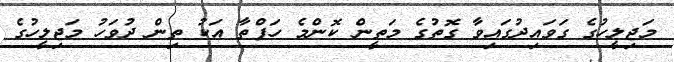
މަޖިލީހުގެ ގަވައިދުގައިވާ ގޮތުގެ މަތީން ކޮންމެ ހަފްތާ އަކު ތިން ދުވަހު މަޖިލީހުގެ